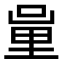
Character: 𨤦